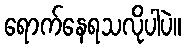
ရောက်နေရသလိုပါပဲ။